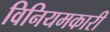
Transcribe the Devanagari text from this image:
विनियमकारी